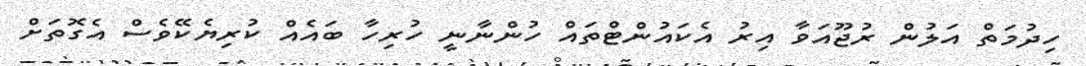
ހިދުމަތް އަލުން ރުޖޫއަވާ އިރު އެކައުންޓްތައް ހުންނާނީ ހުރިހާ ބައެއް ކުރިޔެކޭވެސް އެގޮތަށް